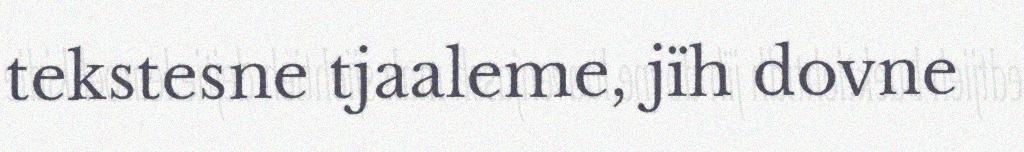
tekstesne tjaaleme, jïh dovne